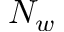
N _ { w }